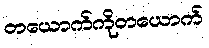
တယောက်ကိုတယောက်